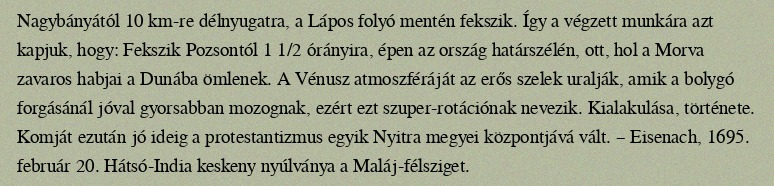
Nagybányától 10 km-re délnyugatra, a Lápos folyó mentén fekszik. Így a végzett munkára azt kapjuk, hogy: Fekszik Pozsontól 1 1/2 órányira, épen az ország határszélén, ott, hol a Morva zavaros habjai a Dunába ömlenek. A Vénusz atmoszféráját az erős szelek uralják, amik a bolygó forgásánál jóval gyorsabban mozognak, ezért ezt szuper-rotációnak nevezik. Kialakulása, története. Komját ezután jó ideig a protestantizmus egyik Nyitra megyei központjává vált. – Eisenach, 1695. február 20. Hátsó-India keskeny nyúlványa a Maláj-félsziget.